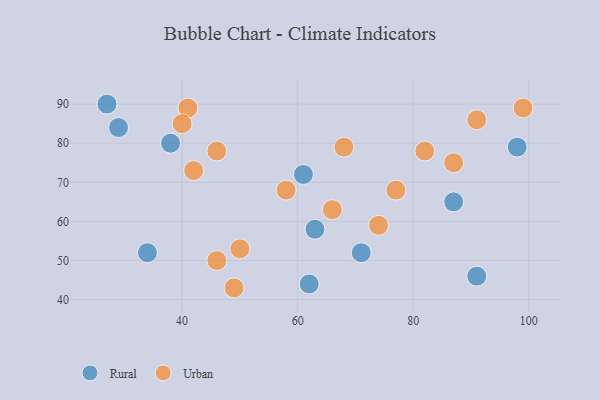
{"axis": {"x": "GDP", "y": "Life Expectancy"}, "legend": ["Rural", "Urban"], "data": [{"x": "71", "y": 52, "type": "Rural"}, {"x": "91", "y": 46, "type": "Rural"}, {"x": "38", "y": 80, "type": "Rural"}, {"x": "87", "y": 65, "type": "Rural"}, {"x": "34", "y": 52, "type": "Rural"}, {"x": "98", "y": 79, "type": "Rural"}, {"x": "63", "y": 58, "type": "Rural"}, {"x": "61", "y": 72, "type": "Rural"}, {"x": "62", "y": 44, "type": "Rural"}, {"x": "27", "y": 90, "type": "Rural"}, {"x": "29", "y": 84, "type": "Rural"}, {"x": "41", "y": 89, "type": "Urban"}, {"x": "68", "y": 79, "type": "Urban"}, {"x": "87", "y": 75, "type": "Urban"}, {"x": "91", "y": 86, "type": "Urban"}, {"x": "46", "y": 78, "type": "Urban"}, {"x": "40", "y": 85, "type": "Urban"}, {"x": "74", "y": 59, "type": "Urban"}, {"x": "50", "y": 53, "type": "Urban"}, {"x": "46", "y": 50, "type": "Urban"}, {"x": "77", "y": 68, "type": "Urban"}, {"x": "58", "y": 68, "type": "Urban"}, {"x": "82", "y": 78, "type": "Urban"}, {"x": "99", "y": 89, "type": "Urban"}, {"x": "66", "y": 63, "type": "Urban"}, {"x": "42", "y": 73, "type": "Urban"}, {"x": "49", "y": 43, "type": "Urban"}]}